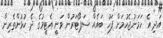
އަދި އެ ހަމަނުޖެހުމަށް ފަހު ބައެއް ސަޕޯޓަރުން ވަނީ އެޓީމުގެ ދެ ކުޅުންތެރިން